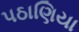
પઠાણિયા